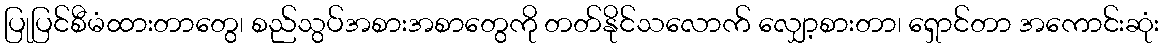
ပြုပြင်စီမံထားတာတွေ၊ စည်သွပ်အစားအစာတွေကို တတ်နိုင်သလောက် လျှော့စားတာ၊ ရှောင်တာ အကောင်းဆုံး